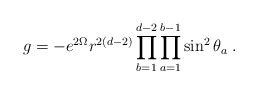
\begin{align*}g =-e^{2\Omega}r^{2(d-2)}\prod_{b=1}^{d-2}\prod_{a=1}^{b-1}\sin^2\theta_a \;.\end{align*}